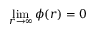
\operatorname* { l i m } _ { r \to \infty } \phi ( r ) = 0